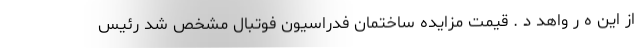
از این ه ر واھد د . قیمت مزایده ساختمان فدراسیون فوتبال مشخص شد رئیس